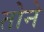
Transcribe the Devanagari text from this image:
तोने